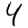
Digit: 4